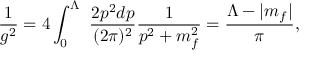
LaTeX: { \frac { 1 } { g ^ { 2 } } } = 4 \int _ { 0 } ^ { \Lambda } ~ { \frac { 2 p ^ { 2 } d p } { ( 2 \pi ) ^ { 2 } } } { \frac { 1 } { p ^ { 2 } + m _ { f } ^ { 2 } } } = \frac { \Lambda - | m _ { f } | } { \pi } ,